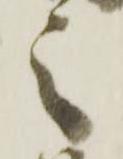
之